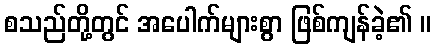
စသည်တို့တွင် အပေါက်များစွာ ဖြစ်ကျန်ခဲ့၏ ။